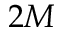
2 M